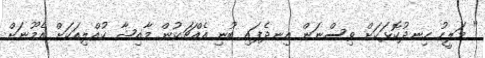
" މަލީހު ހިނދުކޮޅަކަށް ވިސްނަން އިނދެފައި ބުނި އެއްޗަކުން މާއިޝާ ކުއްލިއަކަށް އެމޫނަށް